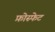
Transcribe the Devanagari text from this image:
फ़ोस्फेट